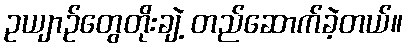
ဥယျာဉ်တွေတိုးချဲ့ တည်ဆောက်ခဲ့တယ်။